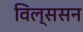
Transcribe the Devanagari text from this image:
विल्ससन